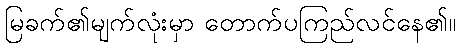
မြခက်၏မျက်လုံးမှာ တောက်ပကြည်လင်နေ၏။